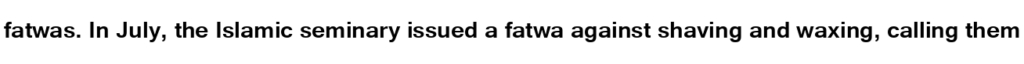
fatwas. In July, the Islamic seminary issued a fatwa against shaving and waxing, calling them